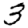
Digit: 3